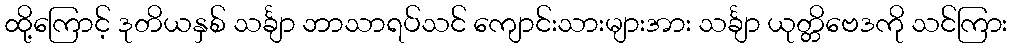
ထို့ကြောင့် ဒုတိယနှစ် သင်္ချာ ဘာသာရပ်သင် ကျောင်းသားများအား သင်္ချာ ယုတ္တိဗေဒကို သင်ကြား